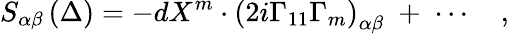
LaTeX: S_{\alpha\beta}\left(\Delta\right)=-dX^{m}\cdot\left(2i\Gamma_{11}\Gamma_{m}\right)_{\alpha\beta}\; +\; \cdots\quad,